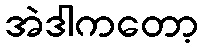
အဲဒါကတော့